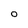
Character: o